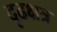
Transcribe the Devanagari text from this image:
दृढक्षत्र